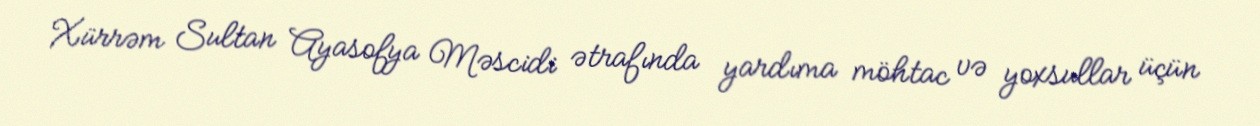
Xürrəm Sultan Ayasofya Məscidi ətrafında yardıma möhtac və yoxsullar üçün